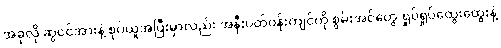
အခုလို ဆွဲငင်အားနဲ့ စုပ်ယူအပြီးမှာလည်း အနီးပတ်ဝန်းကျင်ကို စွမ်းအင်တွေ ရှုပ်ရှုပ်ထွေးထွေးနဲ့